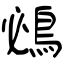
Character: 鴓